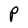
Character: P